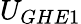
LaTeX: U_{GHE1}